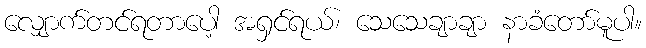
လျှောက်တင်ရတာပေါ့ အရှင်ရယ်၊ သေသေချာချာ နာခံတော်မူပါ။